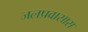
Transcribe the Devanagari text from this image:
जलप्रवासास